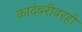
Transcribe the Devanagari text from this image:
कादंबरीवरही